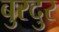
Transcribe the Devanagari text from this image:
बुरदुर